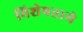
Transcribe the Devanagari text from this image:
विशेषताये